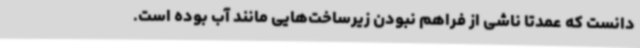
دانست که عمدتا ناشی از فراهم نبودن زیرساخت‌هایی مانند آب بوده است.